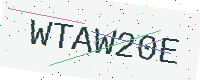
Text: WTAW20E